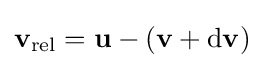
\mathbf {v} _{\mathrm {rel} }=\mathbf {u} -(\mathbf {v} +\mathrm {d} \mathbf {v} )